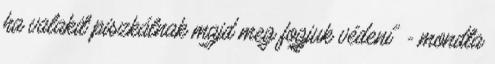
ha valakit piszkálnak majd meg fogjuk védeni" - mondta